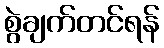
စွဲချက်တင်ရန်